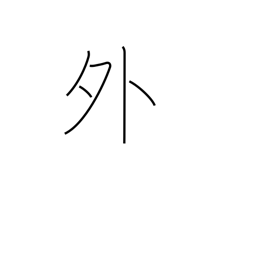
Meaning: outside